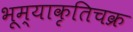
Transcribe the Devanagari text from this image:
भूम्याकृतिचक्र